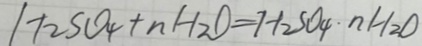
H _ { 2 } S O _ { 4 } + n H _ { 2 } O = H _ { 2 } S O _ { 4 } \cdot n H _ { 2 } O